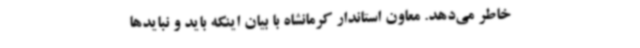
خاطر می‌دهد. معاون استاندار کرمانشاه با بیان اینکه باید و نبایدها